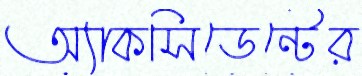
অ্যাকসিডেন্টের